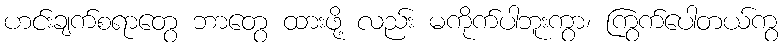
ဟင်းချက်စရာတွေ ဘာတွေ ထားဖို့ လည်း မကိုက်ပါဘူးကွာ၊ ကြွက်ပေါတယ်ကွ